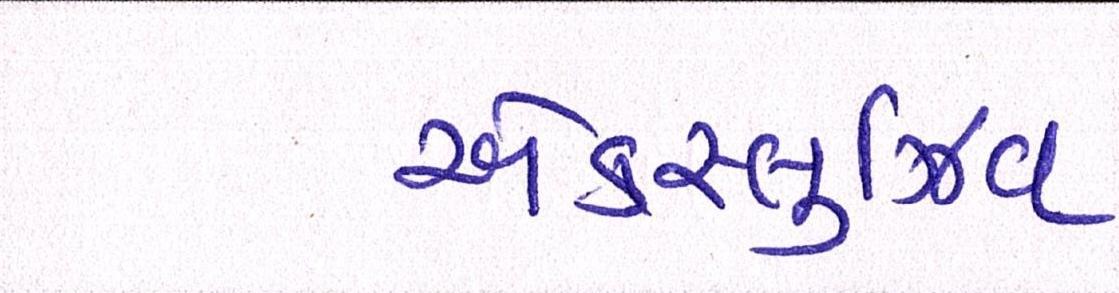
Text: એક્સ્લુઝિવ